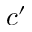
c ^ { \prime }